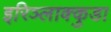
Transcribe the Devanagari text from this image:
इरिञ्लाक्कुडा